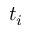
t _ { i }